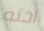
اخته